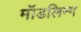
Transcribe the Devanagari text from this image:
मॉडलिन्ग